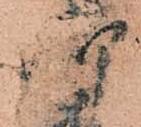
御